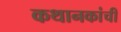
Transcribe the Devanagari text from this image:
कथानकांची